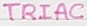
Text: TRIAC